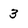
Character: 3